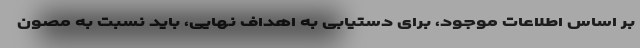
بر اساس اطلاعات موجود، برای دستیابی به اهداف نهایی، باید نسبت به مصون